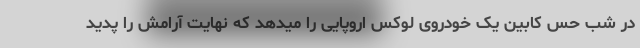
در شب حس کابین یک خودروی لوکس اروپایی را میدهد که نهایت آرامش را پدید